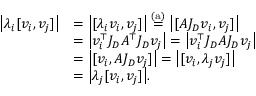
\begin{array} { r l } { \big | \lambda _ { i } [ v _ { i } , v _ { j } ] \big | } & { = \big | [ \lambda _ { i } v _ { i } , v _ { j } ] \big | \stackrel { \mathrm { ( a ) } } { = } \big | [ A J _ { D } v _ { i } , v _ { j } ] \big | } \\ & { = \big | v _ { i } ^ { \top } J _ { D } A ^ { \top } J _ { D } v _ { j } \big | = \big | v _ { i } ^ { \top } J _ { D } A J _ { D } v _ { j } \big | } \\ & { = \big | [ v _ { i } , A J _ { D } v _ { j } ] \big | = \big | [ v _ { i } , \lambda _ { j } v _ { j } ] \big | } \\ & { = \big | \lambda _ { j } [ v _ { i } , v _ { j } ] \big | . } \end{array}